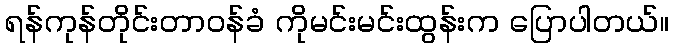
ရန်ကုန်တိုင်းတာဝန်ခံ ကိုမင်းမင်းထွန်းက ပြောပါတယ်။